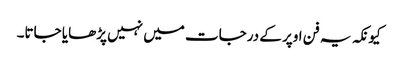
کیونکہ یہ فن اوپر کے درجات میں نہیں پڑھایا جاتا۔